Report of the Imperial Institute of Veterinary Research, Muktesar
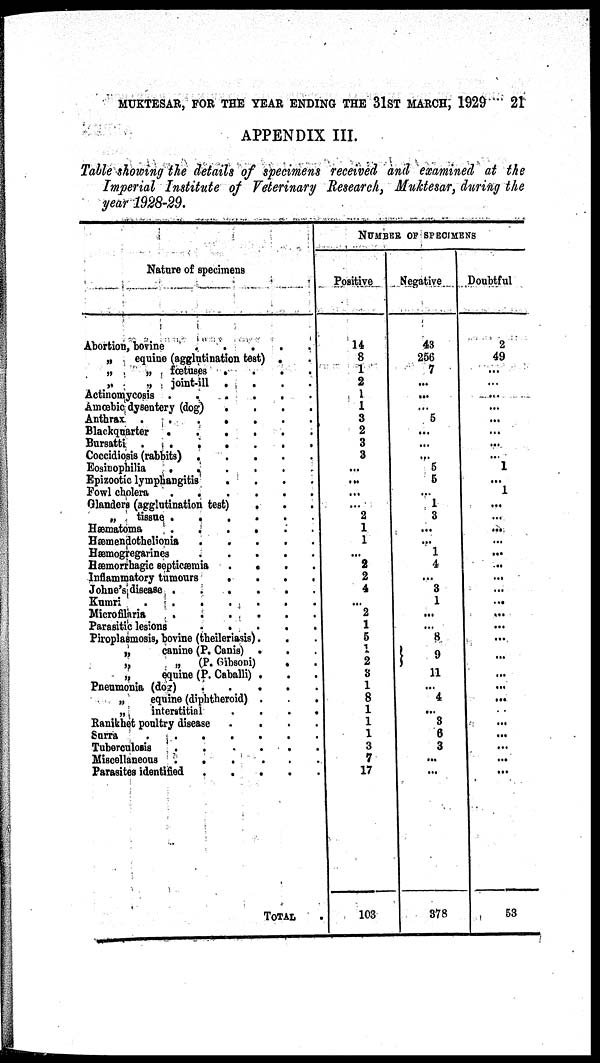
MUKTESAR, FOR THE YEAR ENDING THE 31ST MARCH, 1929 21
APPENDIX III.
Table showing the details of specimens received and examined at the
Imperial Institute of Veterinary Research, Muktesar, during the
year 1928-29.
Nature of specimens
Abortion, bovine
„
equine (agglutination test)
„
„
fœtuses
.
.
.
„
„
joint-ill
.
Actinomycosis
....
Amœbic dysentery (dog)
.
Anthrax. .
.
.
.
.
Blackquarter
....
Bursatti
.....
Coccidiosis (rabbits) .
.
.
Eosinophilia
....
Epizootic lymphangitis
.
Fowl cholera
....
Glanders (agglutination test)
.
„
tissue
....
Hæmatoma
....
Hæmendothelionia
Hæmogregarines
Hæmorrhagic septicæmia . .
Inflammatory tumours
.
.
Johne's disease .
.
.
Kumri
....
Microfilaria
.
.
.
Parasitic lesions
.
.
Piroplasmosis, bovine (theileriasis)
„
canine (P. Canis)
„
„
(P. Gibsoni)
„
equine (P. Caballi)
Pneumonia (dog)
„
equine (diphtheroid)
„
interatitial
Ranikhet poultry disease
Surra
....
Tuberculosis
Miscellaneous
.
.
.
Parasites identified
.
.
TOTAL
NUMBER OF SPECIMENS
Positive
14
8
1
2
1
1
3
2
3
3
...
...
...
...
2
1
1
...
2
2
4
...
2
1
5
1
2
3
1
8
1
1
1
3
7
17
103
Negative
43
256
7
...
...
...
5
...
...
...
5
5
...
1
3
...
...
1
4
...
3
1
...
...
8
}9
11
...
4
...
3
6
3
...
...
378
Doubtful
2
49
...
...
...
...
...
...
...
...
1
...
1
...
...
...
...
...
...
...
...
...
...
...
...
...
...
...
...
...
...
...
...
...
...
...
53